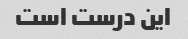
این درست است